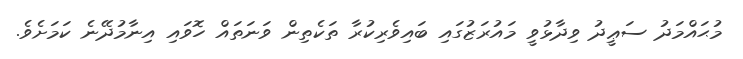
މުޙައްމަދު ސަޢީދު ވިދާޅުވީ މައުރަޒުގައި ބައިވެރިކުރާ ތަކެތިން ވަނަތައް ހޮވައި އިނާމުދޭނެ ކަމަށެވެ.